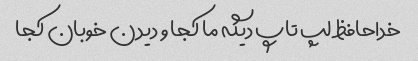
خداحافظ لپ تاپ دیگه ما کجا و دیدن خوبان کجا